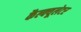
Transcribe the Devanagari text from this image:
कैल्क्यूलेटर